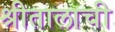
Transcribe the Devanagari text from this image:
श्रीतालाची